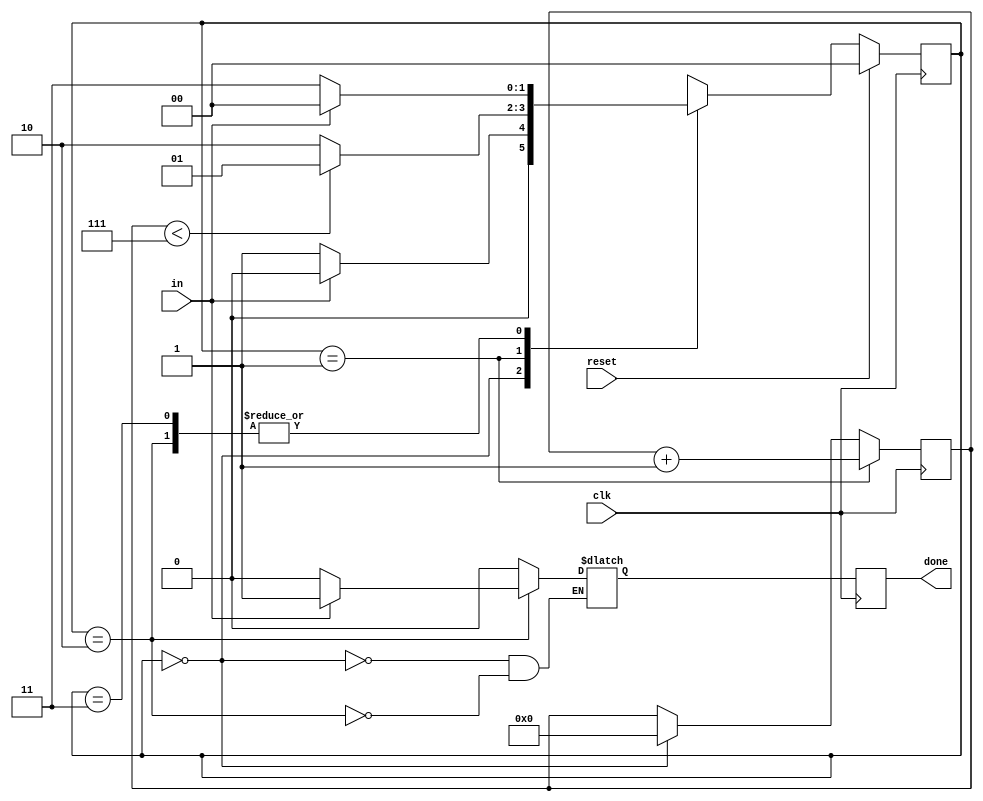
module top_module(
    input clk,
    input in,
    input reset,    // Synchronous reset
    output done
); 

    parameter START = 0, DATA = 1, STOP = 2, DELAY = 3;
    reg [1:0] state, next_state;
    reg [3:0] count;
    reg out;
    
    always @(posedge clk)
   	done = out;
    
    always @(posedge clk)
    	if(state == DATA)
    		count <= count + 4'd1;
    	else if(state == START)
    		count <= 4'd0;
    
    always @(*)
        case(state)
            START: begin
            			next_state <= (in)? START:DATA;
            			out <= 0;
            		end
            DATA: next_state <= (count < 4'd7)? DATA:STOP;
            STOP: begin
           				out <= (in)? 1:0;
            			next_state <= (in)? START:DELAY;
//            			next_state <= START;
            		end
            DELAY:next_state <= (in)? START:DELAY;
            default: next_state <= state;
        endcase
    
    always @(posedge clk)
        if(reset)
            state <= START;
    	else
            state <= next_state;
    
endmodule